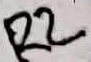
Text: R2